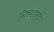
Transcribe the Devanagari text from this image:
विलगतेमुळे